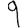
Digit: 9